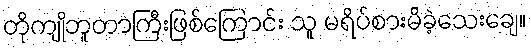
တိုကျိုဘူတာကြီးဖြစ်ကြောင်း သူ မရိပ်စားမိခဲ့သေးချေ။